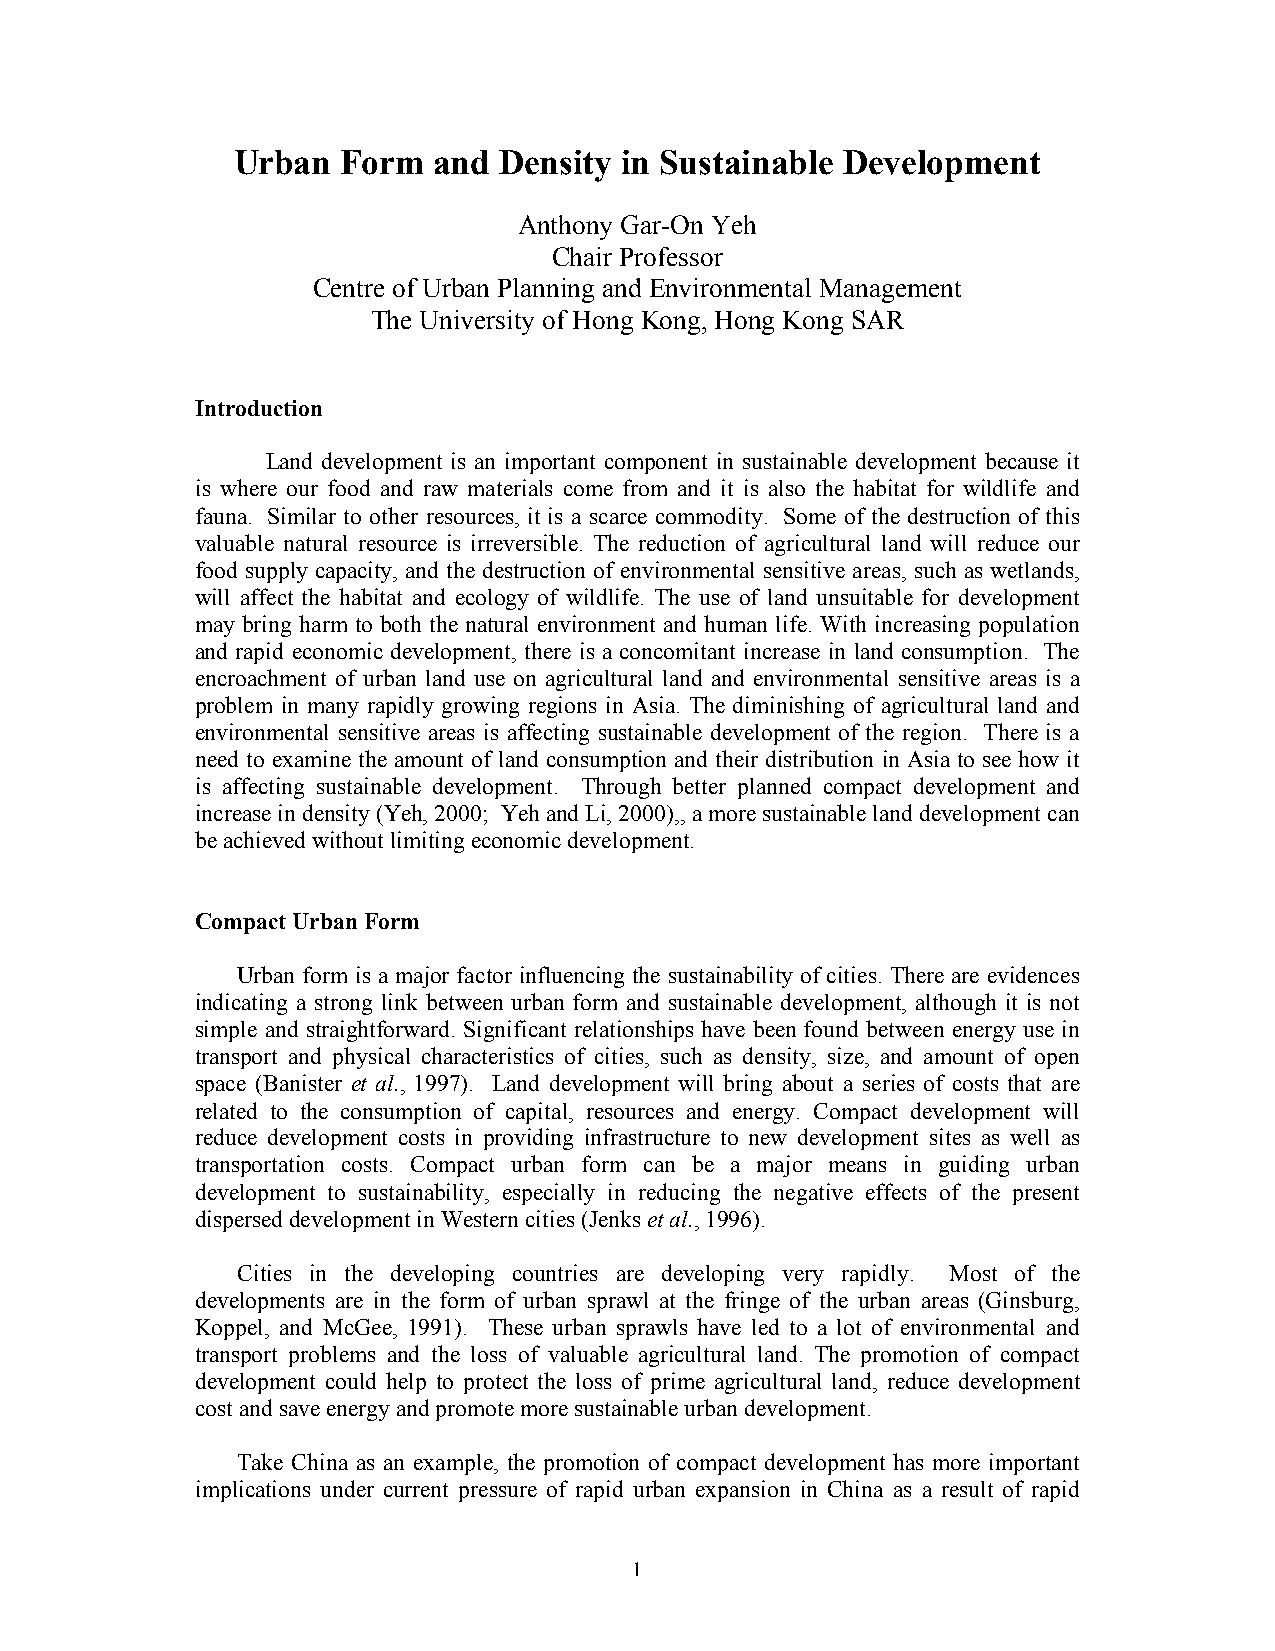
Urban   Form  and Density in Sustainable Development
 Anthony Gar-On Yeh
 Chair Professor
 Centre of Urban Planning and Environmental Management
 The University of Hong Kong, Hong Kong SAR
 Introduction
 Land development is an important component in sustainable development because it
 is where our food and raw materials come from and it is also the habitat for wildlife and
 fauna. Similar to other resources, it is a scarce commodity. Some of the destruction of this
 valuable natural resource is irreversible. The reduction of agricultural land will reduce our
 food supply capacity, and the destruction of environmental sensitive areas, such as wetlands,
 will affect the habitat and ecology of wildlife. The use of land unsuitable for development
 may bring harm to both the natural environment and human life. With increasing population
 and rapid economic development, there is a concomitant increase in land consumption. The
 encroachment of urban land use on agricultural land and environmental sensitive areas is a
 problem in many rapidly growing regions in Asia. The diminishing of agricultural land and
 environmental sensitive areas is affecting sustainable development of the region. There is a
 need to examine the amount of land consumption and their distribution in Asia to see how it
 is affecting sustainable development. Through better planned compact development and
 increase in density (Yeh, 2000; Yeh and Li, 2000),, a more sustainable land development can
 be achieved without limiting economic development.
 Compact Urban Form
 Urban form is a major factor influencing the sustainability of cities. There are evidences
 indicating a strong link between urban form and sustainable development, although it is not
 simple and straightforward. Significant relationships have been found between energy use in
 transport and physical characteristics of cities, such as density, size, and amount of open
 space (Banister et al., 1997). Land development will bring about a series of costs that are
 related to the consumption of capital, resources and energy. Compact development will
 reduce development costs in providing infrastructure to new development sites as well as
 transportation costs. Compact urban form can be a major means in guiding urban
 development to sustainability, especially in reducing the negative effects of the present
 dispersed development in Western cities (Jenks et al., 1996).
 Cities in the developing countries are developing very rapidly. Most of the
 developments are in the form of urban sprawl at the fringe of the urban areas (Ginsburg,
 Koppel, and McGee, 1991). These urban sprawls have led to a lot of environmental and
 transport problems and the loss of valuable agricultural land. The promotion of compact
 development could help to protect the loss of prime agricultural land, reduce development
 cost and save energy and promote more sustainable urban development.
 Take China as an example, the promotion of compact development has more important
 implications under current pressure of rapid urban expansion in China as a result of rapid
 1